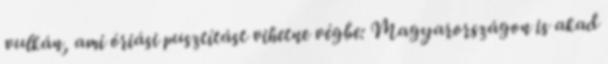
vulkán, ami óriási pusztítást vihetne végbe: Magyarországon is akad